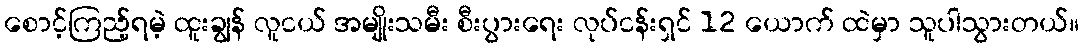
စောင့်ကြည့်ရမဲ့ ထူးချွန် လူငယ် အမျိုးသမီး စီးပွားရေး လုပ်ငန်းရှင် 12 ယောက် ထဲမှာ သူပါသွားတယ်။